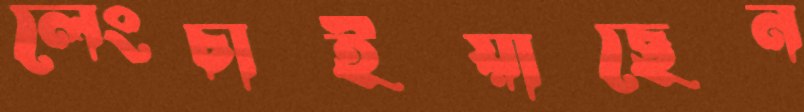
লেংচাইয়াছেন